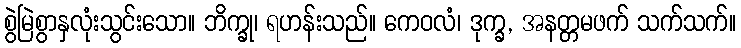
စွဲမြဲစွာနှလုံးသွင်းသော။ ဘိက္ခု၊ ရဟန်းသည်။ ကေဝလံ၊ ဒုက္ခ, အနတ္တမဖက် သက်သက်။